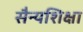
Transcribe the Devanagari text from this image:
सैन्यशिक्षा